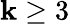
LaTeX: \mathbf{k}\geq3